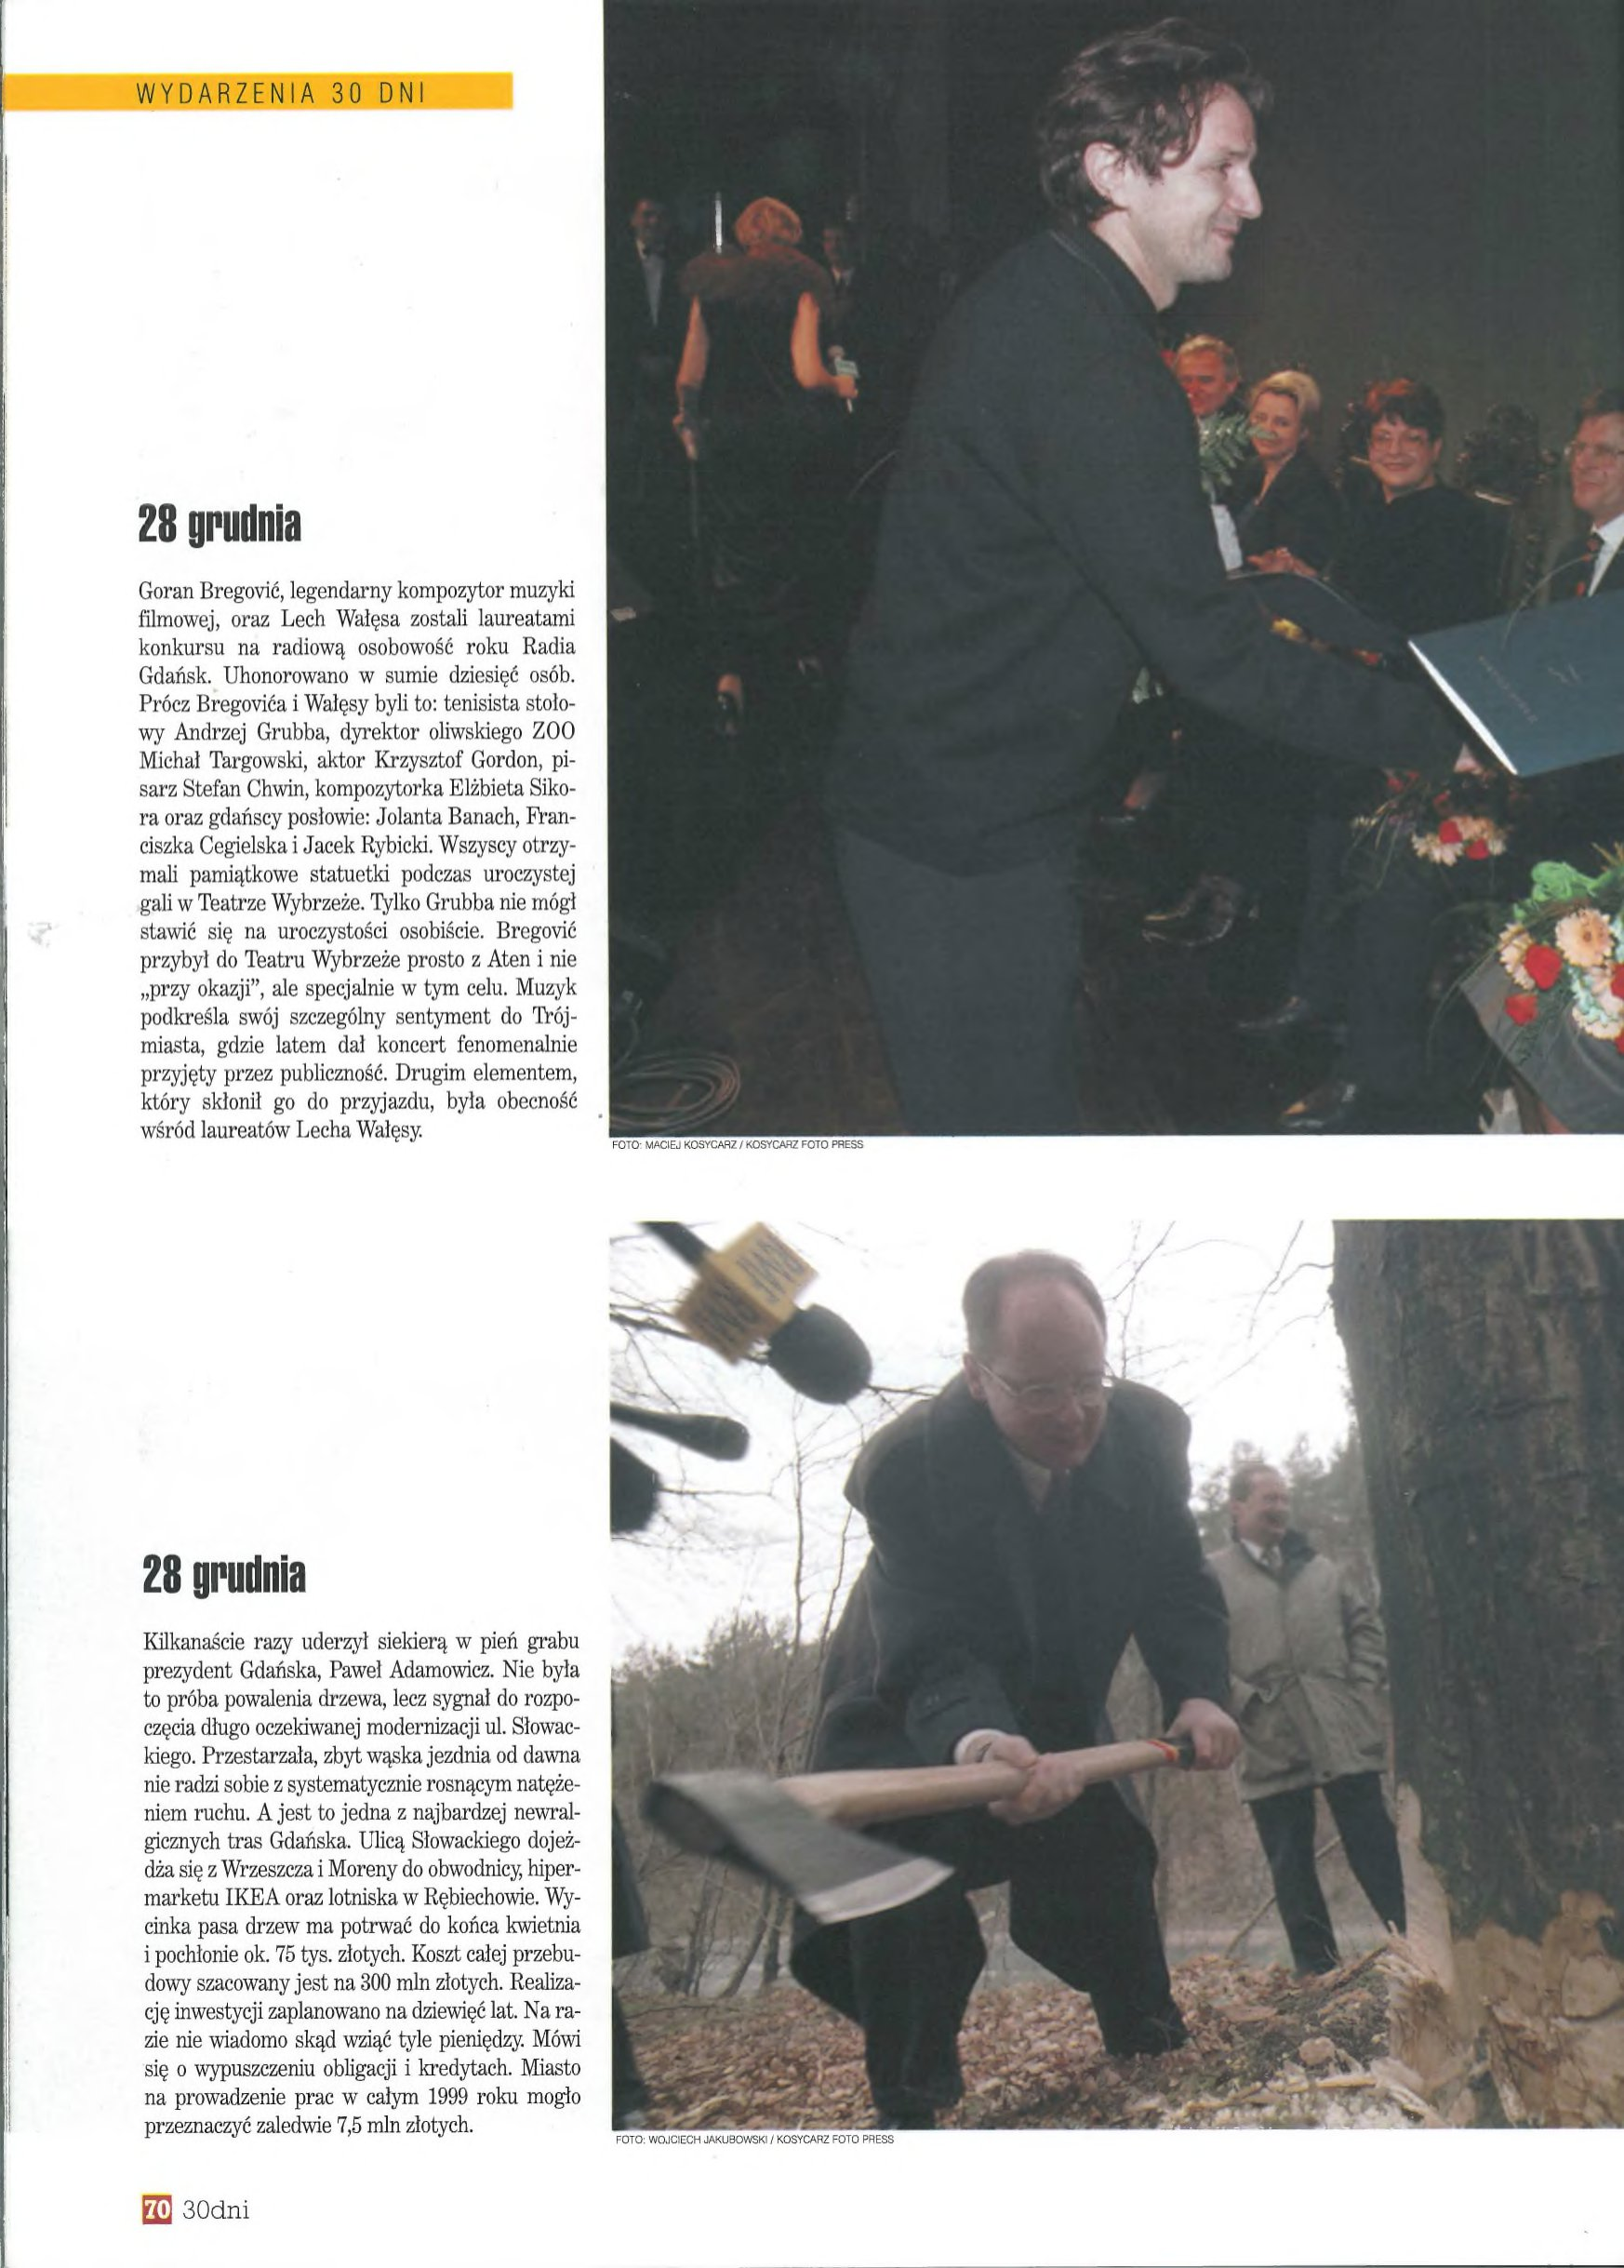
Language: pl